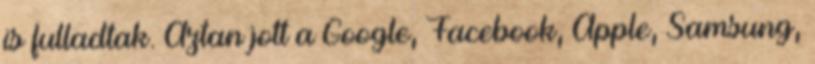
is fulladtak. Aztan jott a Google, Facebook, Apple, Samsung,